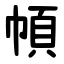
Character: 幁